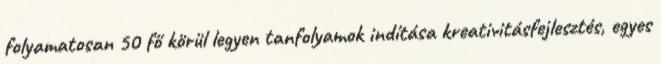
folyamatosan 50 fő körül legyen tanfolyamok indítása kreativitásfejlesztés, egyes